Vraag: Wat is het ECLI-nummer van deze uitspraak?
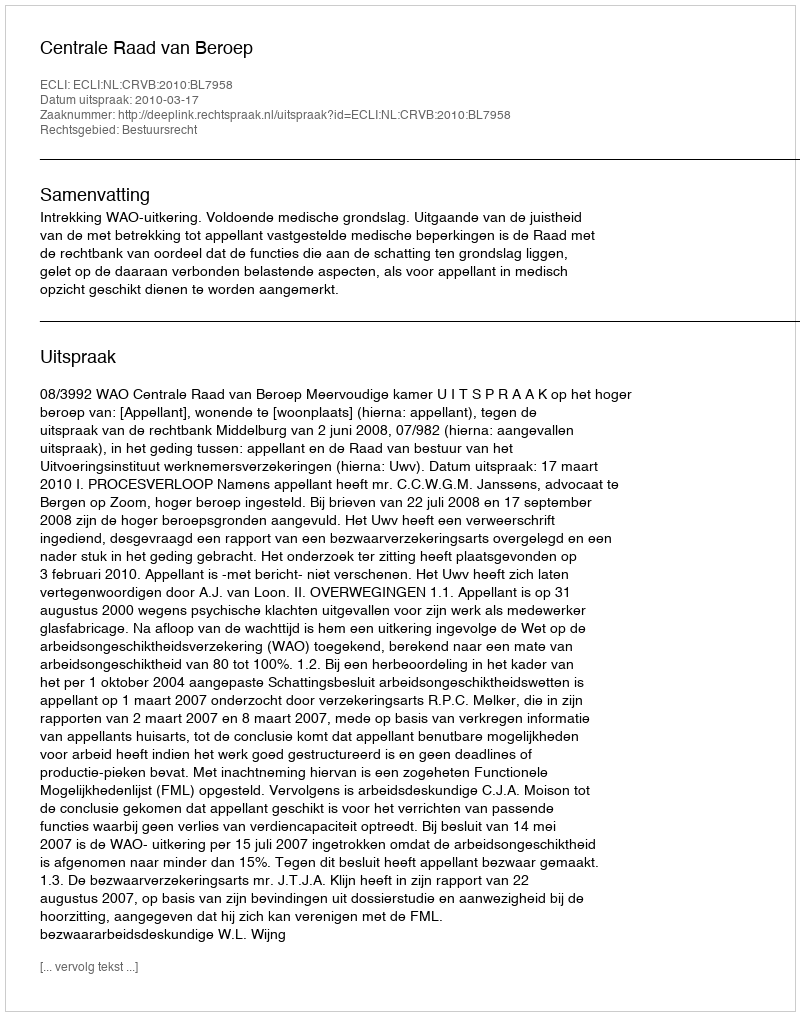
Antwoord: ECLI:NL:CRVB:2010:BL7958